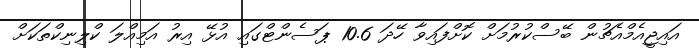
އައިޖީއެމްއެޗުން ބޭސްކުރުމަށް ކޮށްފައިވާ ހޭދަ 10.6 ޕަސެންޓްގައި އުޅޭ އިރު އަމިއްލަ ކްލިނިކްތަކަށް